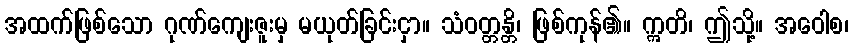
အထက်ဖြစ်သော ဂုဏ်ကျေးဇူးမှ မယုတ်ခြင်းငှာ။ သံဝတ္တန္တိ၊ ဖြစ်ကုန်၏။ ဣတိ၊ ဤသို့။ အဝေါစ၊